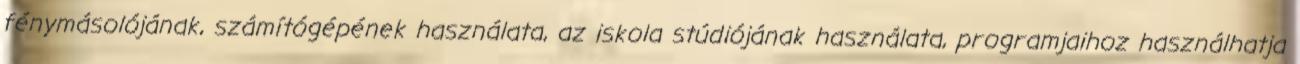
fénymásolójának, számítógépének használata, az iskola stúdiójának használata, programjaihoz használhatja